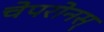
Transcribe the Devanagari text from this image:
चेपरोनस्